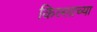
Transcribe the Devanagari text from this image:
किल्लाच्या